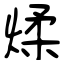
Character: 煣